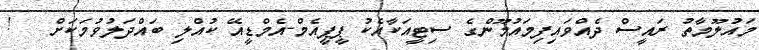
މައުލޫމާތު ރައީސް ދެއްވައިފިމައުމޫންގެ ސިޓީއަކާއެކު ޕީޕީއެމް-އެމްޑީއޭ ކުއްލި ބައްދަލުވުމަކަށް   !